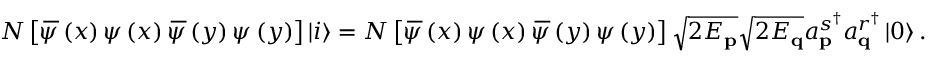
N \left[ \, \overline { { \! { \psi } } } \left( x \right) \psi \left( x \right) \, \overline { { \! { \psi } } } \left( y \right) \psi \left( y \right) \right] \left\vert i \right\rangle = N \left[ \, \overline { { \! { \psi } } } \left( x \right) \psi \left( x \right) \, \overline { { \! { \psi } } } \left( y \right) \psi \left( y \right) \right] \sqrt { 2 E _ { \mathbf { p } } } \sqrt { 2 E _ { \mathbf { q } } } a _ { \mathbf { p } } ^ { s ^ { \dagger } } a _ { \mathbf { q } } ^ { r ^ { \dagger } } \left\vert 0 \right\rangle .